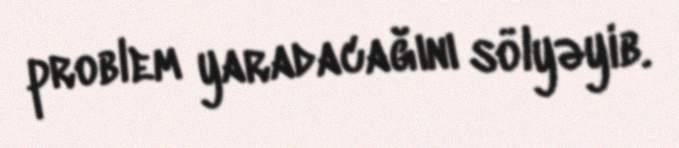
problem yaradacağını sölyəyib.